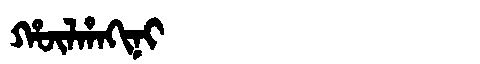
Manchu: ᡥᡡᠯᡥᠠᡴᡳᠨᡳ
Romanization: HŪLHAKINI